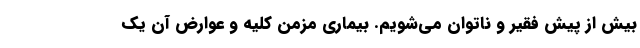
بیش از پیش فقیر و ناتوان می‌شویم. بیماری مزمن کلیه و عوارض آن یک